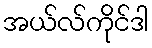
အယ်လ်ကိုင်ဒါ